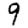
Digit: 9